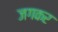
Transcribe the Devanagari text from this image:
जगकर